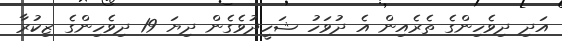
އަދި ދިވެހިންގެ ތެރެއިން އެ ދުވަހު ޝަހީދުވެގެން ދިޔަ 19 ދިވެހިންގެ ޒިކުރާ